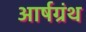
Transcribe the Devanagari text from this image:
आर्षग्रंथ